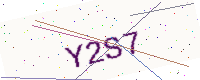
Text: Y2S7